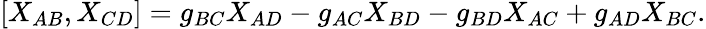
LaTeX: [X_{AB},X_{CD}]=g_{BC}X_{AD}-g_{AC}X_{BD}-g_{BD}X_{AC}+g_{AD}X_{BC}.